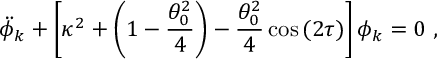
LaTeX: \ddot { \phi } _ { k } + \left[ \kappa ^ { 2 } + \left( 1 - { \frac { \theta _ { 0 } ^ { 2 } } { 4 } } \right) - { \frac { \theta _ { 0 } ^ { 2 } } { 4 } } \cos { ( 2 \tau ) } \right] \phi _ { k } = 0 \ ,